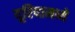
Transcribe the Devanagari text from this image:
यूरियामध्ये